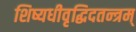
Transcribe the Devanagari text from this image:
शिष्यधीवृद्धिदतन्त्रम्